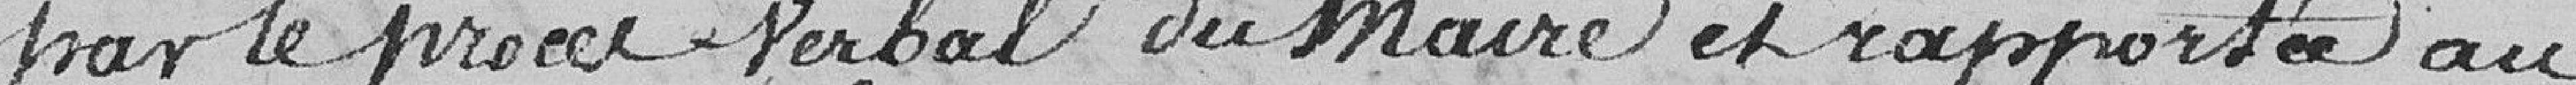
par le procès-verbal du maire et rapportée au